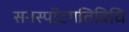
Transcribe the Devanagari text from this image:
सनस्पॉटगतिविधि